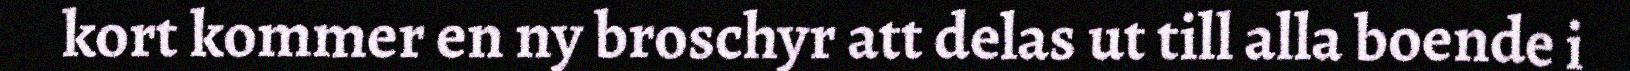
kort kommer en ny broschyr att delas ut till alla boende i